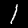
Digit: 1